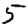
Digit: 5